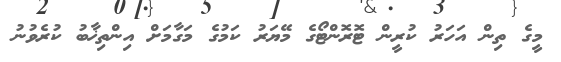
މީގެ ތިން އަހަރު ކުރީން ޓޮރޮންޓޯގެ މޭޔަރު ކަމުގެ މަގާމަށް އިންތިޚާބު ކުރެވުނު